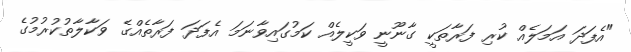
"އެފަދަ އަމަލެއް ކުރި ފަރާތަކީ ގާނޫނީ ވަކީލެއް ކަމުގައިވާނަމަ އެފަދަ ފަރާތެއްގެ ވަކާލާތުކުރުމުގެ